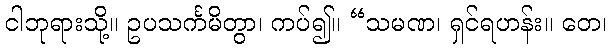
ငါဘုရားသို့။ ဥပသင်္ကမိတွာ၊ ကပ်၍။ “သမဏ၊ ရှင်ရဟန်း။ တေ၊